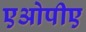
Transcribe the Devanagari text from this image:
एओपीए